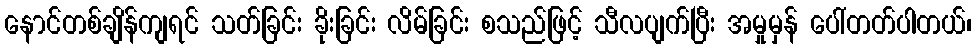
နောင်တစ်ချိန်ကျရင် သတ်ခြင်း ခိုးခြင်း လိမ်ခြင်း စသည်ဖြင့် သီလပျက်ပြီး အမှုမှန် ပေါ်တတ်ပါတယ်၊